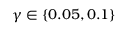
\gamma \in \{ 0 . 0 5 , 0 . 1 \}